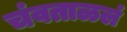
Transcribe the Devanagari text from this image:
चंवताळलं